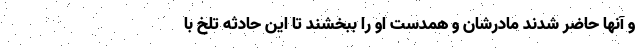
و آنها حاضر شدند مادرشان و همدست او را ببخشند تا این حادثه تلخ با